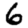
Digit: 6